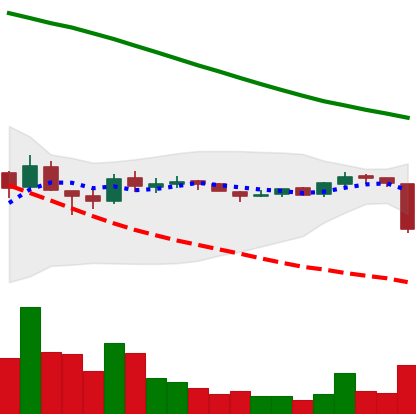
Ticker: ADA-USD
Chart end date: 2018-10-11
Forward return: 6.872%
Label: up_5_7